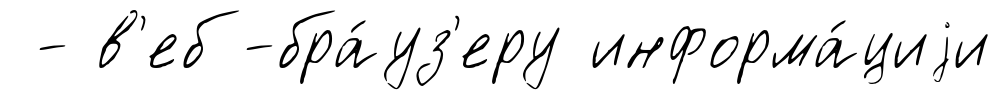
- в'еб-бра́уз'еру информа́циjи